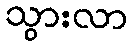
သွားလာ